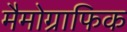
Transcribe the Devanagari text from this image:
मैमोग्राफिक